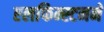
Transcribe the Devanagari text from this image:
एलफिन्स्टनने